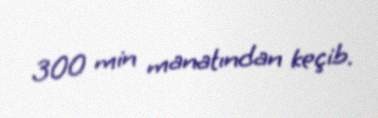
300 min manatından keçib.